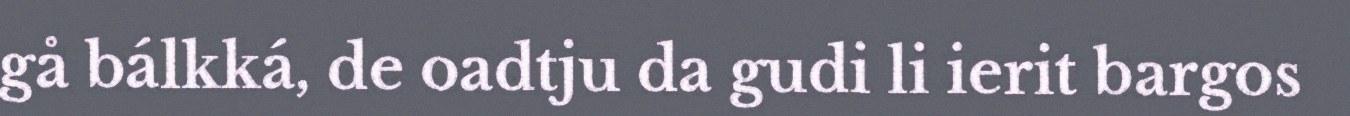
gå bálkká, de oadtju da gudi li ierit bargos